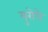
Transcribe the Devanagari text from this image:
युरोपे